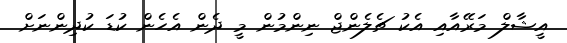
އީޝާލް މަރޭއާއި އެކު ޗެލެންޖް ނިންމުން މީ ދެން އެހެން ކުޑަ ކުދިންނަށް